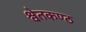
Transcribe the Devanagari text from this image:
श्वेतकण्ठ